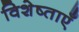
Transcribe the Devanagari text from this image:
विशेष्ताएँ